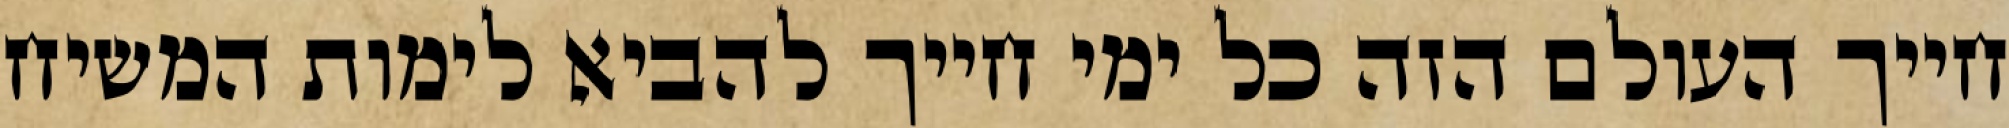
חייך העולם הזה כל ימי חייך להביא לימות המשיח